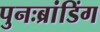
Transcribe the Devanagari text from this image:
पुनःब्रांडिंग